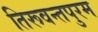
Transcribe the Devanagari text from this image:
तिरूवन्तपुरम